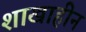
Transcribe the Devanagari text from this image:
शाखाहीन